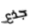
جذع